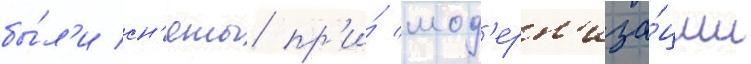
бы́л'и сн'яты пр'и́ мод'ерн'иза́ции